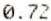
0.72